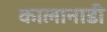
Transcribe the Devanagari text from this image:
कालानाडी